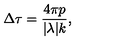
\Delta \tau = \frac { 4 \pi p } { | \lambda | k } ,